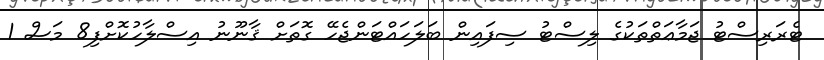
ޓެރަރިސްޓު ޖަމާޢަތްތަކުގެ ލިސްޓު ސިފައިން ބަލަހައްޓަންޖެހޭ ގޮތަށް ޤާނޫނު އިސްލާހުކޮށްފި8 މަސް 1